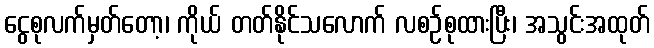
ငွေစုလက်မှတ်တော့၊ ကိုယ် တတ်နိုင်သလောက် လစဉ်စုထားပြီး၊ အသွင်းအထုတ်